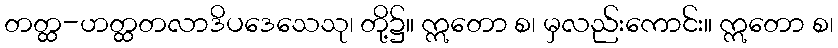
တတ္ထ-ဟတ္ထတလာဒိပဒေသေသု၊ တို့၌။ ဣတော စ၊ မှလည်းကောင်း။ ဣတော စ၊